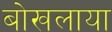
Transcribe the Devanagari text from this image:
बोखलाया